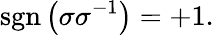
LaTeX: \operatorname{sgn}\left(\sigma\sigma^{-1}\right)=+1.